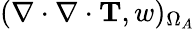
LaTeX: (\nabla\cdot\nabla\cdot\mathbf{T},w)_{\Omega_{A}}